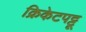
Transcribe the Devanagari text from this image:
क्रिकेटपट्टू